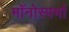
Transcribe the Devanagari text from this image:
मॉनोस्पर्मा